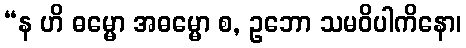
“န ဟိ ဓမ္မော အဓမ္မော စ, ဥဘော သမဝိပါကိနော၊